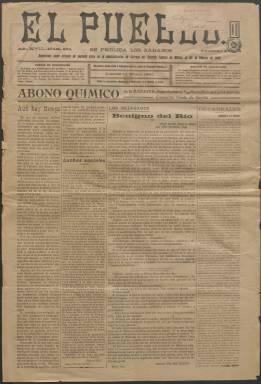
Título: El Pueblo (Llanes)
Colección: Periódicos
Ámbito geográfico: Asturias
Lugar de publicación: Llanes [Asturias]
Fechas: 10/01/1920-31/05/1924